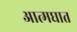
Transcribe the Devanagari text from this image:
आत्‍मघात